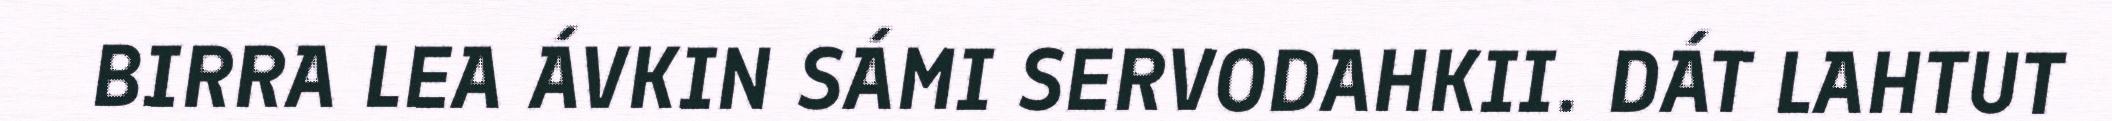
BIRRA LEA ÁVKIN SÁMI SERVODAHKII. DÁT LAHTUT